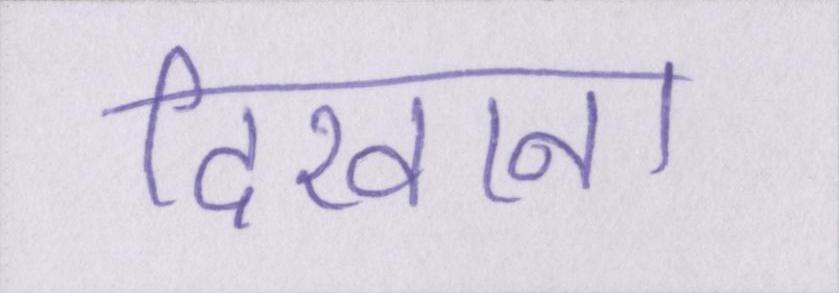
दिखाना